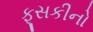
ફૂસકીનો